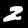
Digit: 2